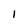
Character: 1